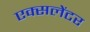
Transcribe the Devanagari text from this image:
एक्सलेंटर